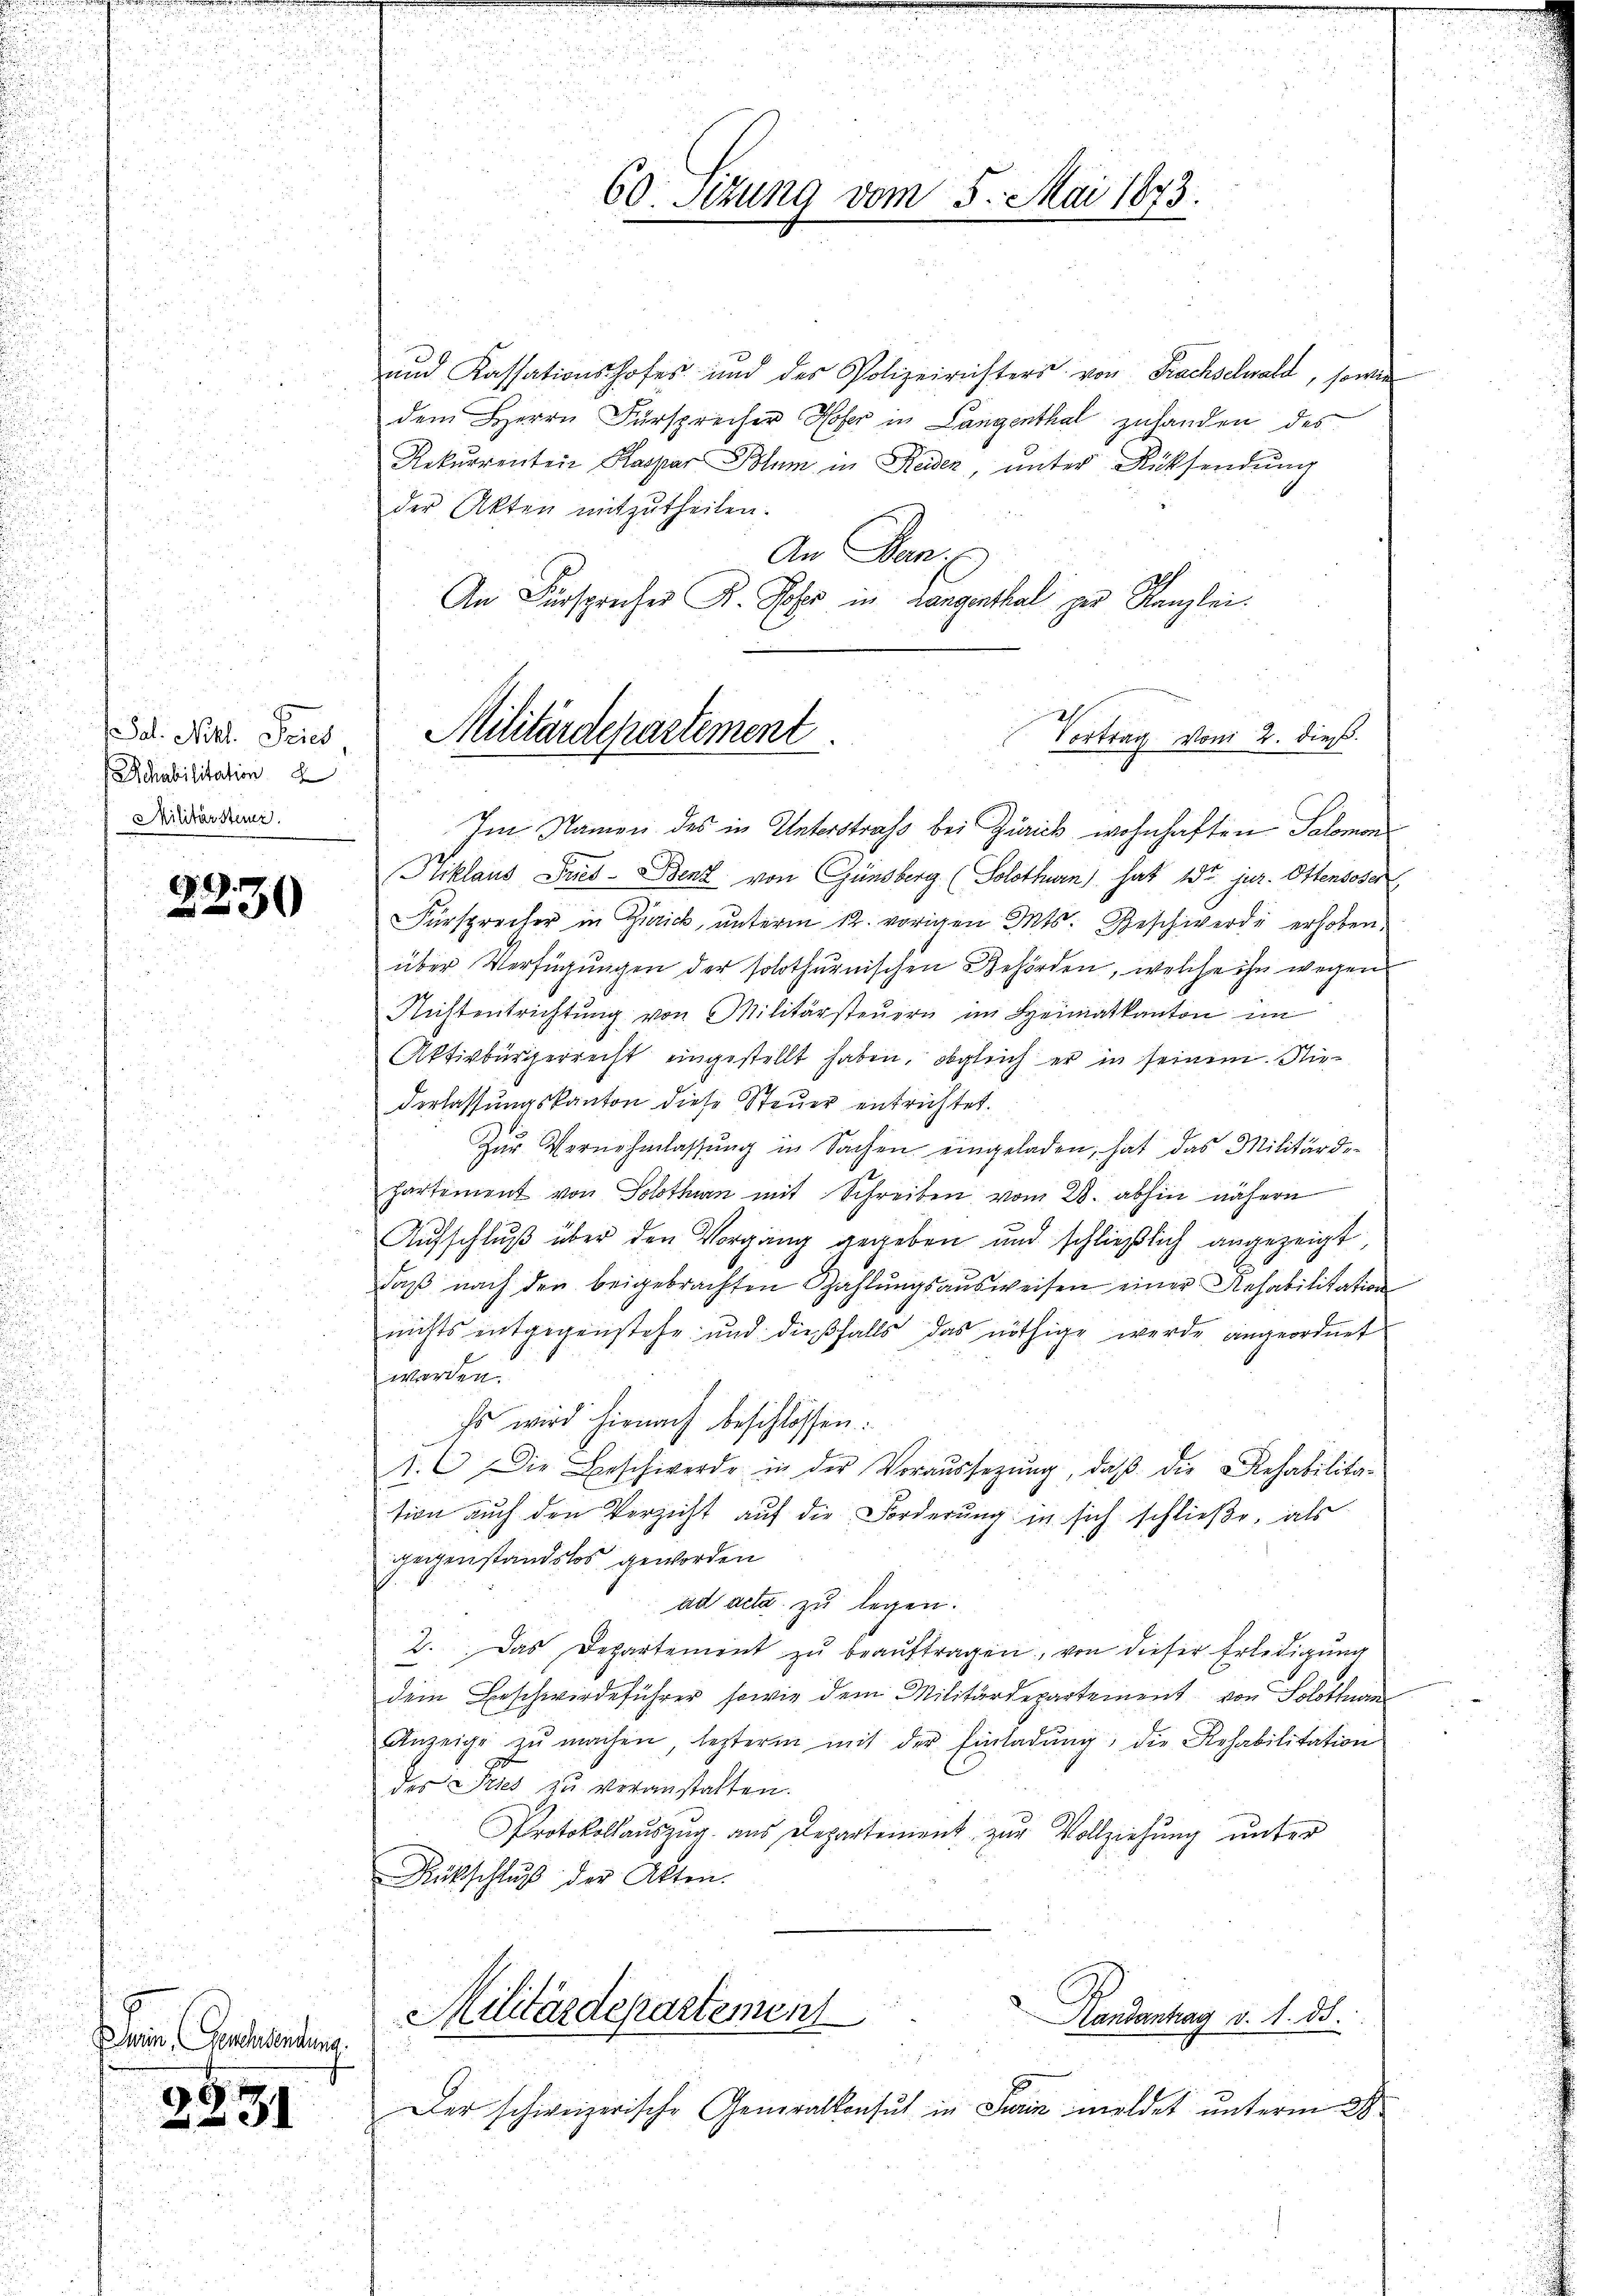
Sal. Nikl. Pries
chabilitation
Militärsteuer

49.
3

Der Genehmen.

60. Sizung vom 5. Mai 1873.

und Kassationshofes und des Polizeirichters von Frachselwald, sowie
dem Herrn Fürsprecher Hofer in Langenthal zuhanden des
Rekurrenteie Kaspar Blum in Reiden, unter Rücksendung
der Akten mitzutheilen.
An Dem
An Fürsprecher K. Joses in Langenthal zur Kanzlei.
Im Namen des in Unterstraß bei Zürick wohnhaften Salomon
Niklaus Pries - Bent von Günsberg (Solothurn, hat 1t jur. Ottensoser
Fürsprecher in Zürick, unterm 12. vorigen Mts. Geschwerde erhoben
über Verfügungen der solothurnischen Behörden, welche ihn wegen
Nichtentrichtung von Militärsteuern im Heimatkanton im
Aktivbürgerrecht eingestellt haben, obgleich er in seinem Niederlassungskanton diese Steuer entrichtet.
Zŭr Vernehmlassŭng in Sachen eingeladen, hat das Militärde-
Partement von Solothurn mit Schreiben vom 28. abhin nähern
Aufschluß über den Vorgang gegeben und schließlich angezeigt
daβ nach den beigebrachten Zahlŭngsaŭsweisen einer Rehabilitation
nichts entgegenstehe und dießfalls das nöthige werde angeordnet
werden.
Es wird hienach beschlossen:
1. Die Beschwerde in der Voraŭssezŭng, daβ die Rehabilita-
tion auch den Verzicht auf die Forderung in sich schließe, als
geigenstandslos geworden
ad acta zu legen.
2. Das Departement zŭ beaŭftragen, von dieser Erledigung
dem Beschwirdeführer sowie dem Militärdepartement von Soloth
Anzeige zŭ machen, lezterm mit der Einladung, die Rehabilitation
der Sees zu veranstatten.
Protokollauszug aus Departement zŭr Vollziehŭng ŭnter
Rückschluß der Akten.
Militärdepartemen
Handantrag v. 1. ds.
Der schweizerische Generalkonsul in Sein meldet unterm 28.

Militärdepartement
Vortrag vom 2. dieß.